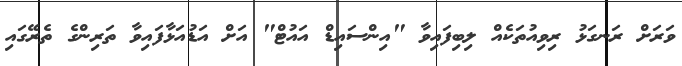
ވަރަށް ރަނގަޅު ރިވިއުތަކެއް ލިބިފައިވާ "އިންސައިޑް އައުޓް" އަށް އަޑުއަޅާފައިވާ ތަރިންގެ ތެރޭގައި